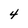
Character: 4